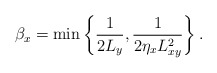
\begin{align*}\beta_x=\min\left\{ \frac{1}{2L_y}, \frac{1}{2\eta_x L_{xy}^2} \right\}.\end{align*}